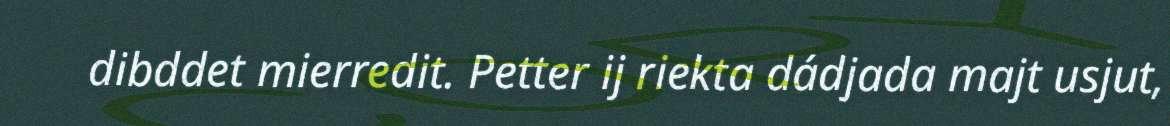
dibddet mierredit. Petter ij riekta dádjada majt usjut,